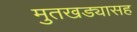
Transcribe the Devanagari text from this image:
मुतखड्यासह